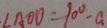
\angle A O D = 9 0 ^ { \circ } - a